Distribution and causation of leprosy in British India
Year: 1875
Disease focus: Leprosy
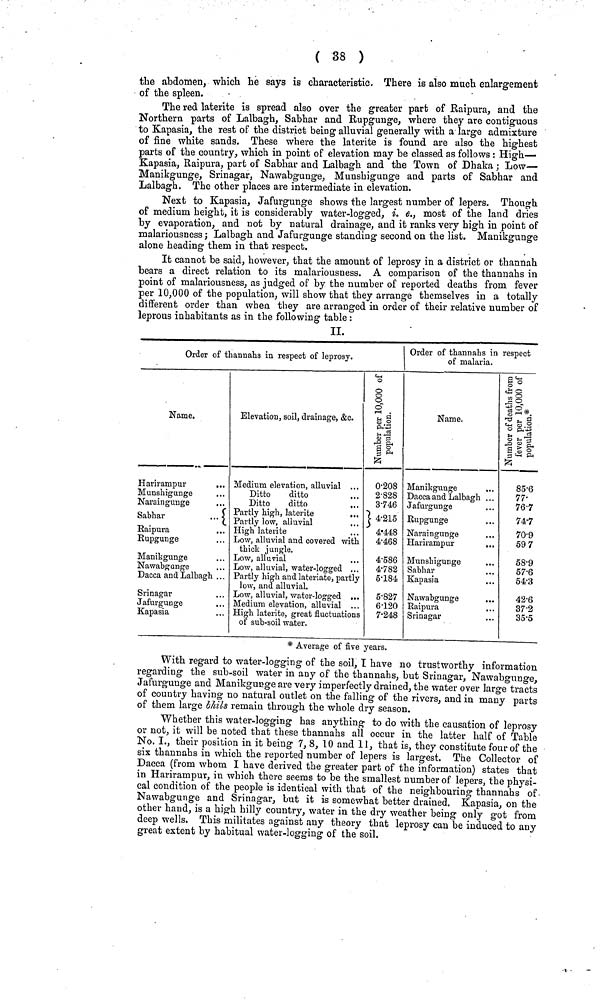
( 38 )
the abdomen, which he says is characteristic. There is also much enlargement
of the spleen.
The red laterite is spread also over the greater part of Raipura, and the
Northern parts of Lalbagh, Sabhar and Rupgunge, where they are contiguous
to Kapasia, the rest of the district being alluvial generally with a large admixture
of fine white sands. These where the laterite is found are also the highest
parts of the country, which in point of elevation may be classed as follows : High—
Kapasia, Raipura, part of Sabhar and Lalbagh and the Town of Dhaka; Low—
Manikgunge, Srinagar, Nawabgunge, Munshigunge and parts of Sabhar and
Lalbagh. The other places are intermediate in elevation.
Next to Kapasia, Jafurgunge shows the largest number of lepers. Though
of medium height, it is considerably water-logged, i. e., most of the land dries
by evaporation, and not by natural drainage, and it ranks very high in point of
malariousness; Lalbagh and Jafurgunge standing second on the list. Manikgunge
alone heading them in that respect.
It cannot be said, however, that the amount of leprosy in a district or thannah
bears a direct relation to its malariousness. A comparison of the thannahs in
point of malariousness, as judged of by the number of reported deaths from fever
per 10,000 of the population, will show that they arrange themselves in a totally
different order than when they are arranged in order of their relative number of
leprous inhabitants as in the following table :
II.
Order of thannahs in respect of leprosy.
Name.
Harirampur
...
Munshigunge
Naraingunge
Sabhar
...
Raipura
. . .
Rupgunge
Manikgunge
Nawabgunge
Dacca and Lalbagh ...
Srinagar
Jafurgunge
Kapasia
Elevation, soil, drainage, &c.
Medium elevation, alluvial . .
Ditto
ditto
Ditto
ditto
Partly high, laterite
. .
Partly low, alluvial
. .
High laterite
. .
Low, alluvial and covered with
thick jungle.
Low, alluvial
Low, alluvial, water-logged ...
Partly high and lateriate, partly
low, and alluvial.
Low, alluvial, water-logged ...
Medium elevation, alluvial ...
High laterite, great fluctuations
of sub-soil water.
Order of thannahs in respect
of malaria.
0·208
2·828
3·746
4·215
4·448
4·468
4·586
4·782
5·184
5·827
6·120
7·248
Name.
Manikgunge
Dacca and Lalbagh ...
Jafurgunge
Rupgunge
Naraingunge
Harirampur
...
Munshigunge
Sabhar
Kapasia
Nawabgunge
...
Raipura
Srinagar
Number of deaths from fev
85·6
77·
76·7
74·7
70·9
597
58·9
57·6
54·3
42·6
37·2
35·5
* Average of five years.
With regard to water-logging of the soil, I have no trustworthy information
regarding the sub-soil water in any of the thannahs, but Srinagar, Nawabgunge,
Jafurgunge and Manikgurge are very imperfectly drained, the water over large tracts
of country having no natural outlet on the falling of the rivers, and in many parts
of them large bhils remain through the whole dry season.
Whether this water-logging has anything to do with the causation of leprosy
or not, it will be noted that these thannahs all occur in the latter half of Table
No. I., their position in it being 7, 8, 10 and 11, that is, they constitute four of the
six thannahs in which the reported number of lepers is largest. The Collector of
Dacca (from whom I have derived the greater part of the information) states that
in Harirampur, in which there seems to be the smallest number of lepers, the physi-
cal condition of the people is identical with that of the neighbouring thannahs of
Nawabgunge and Srinagar, but it is somewhat better drained. Kapasia, on the
other hand, is a high hilly country, water in the dry weather being only got from
deep wells. This militates against any theory that leprosy can be induced to any
great extent by habitual water-logging of the soil.